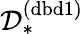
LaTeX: \mathcal{D}_{*}^{(\mathrm{dbd1})}